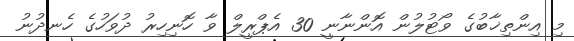
މި އިންތިޚާބުގެ ވޯޓުލުން އޮންނާނީ 30 އެޕްރީލް ވާ ހޮނިހިރު ދުވަހުގެ ހެނދުނު